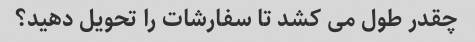
چقدر طول می کشد تا سفارشات را تحویل دهید؟